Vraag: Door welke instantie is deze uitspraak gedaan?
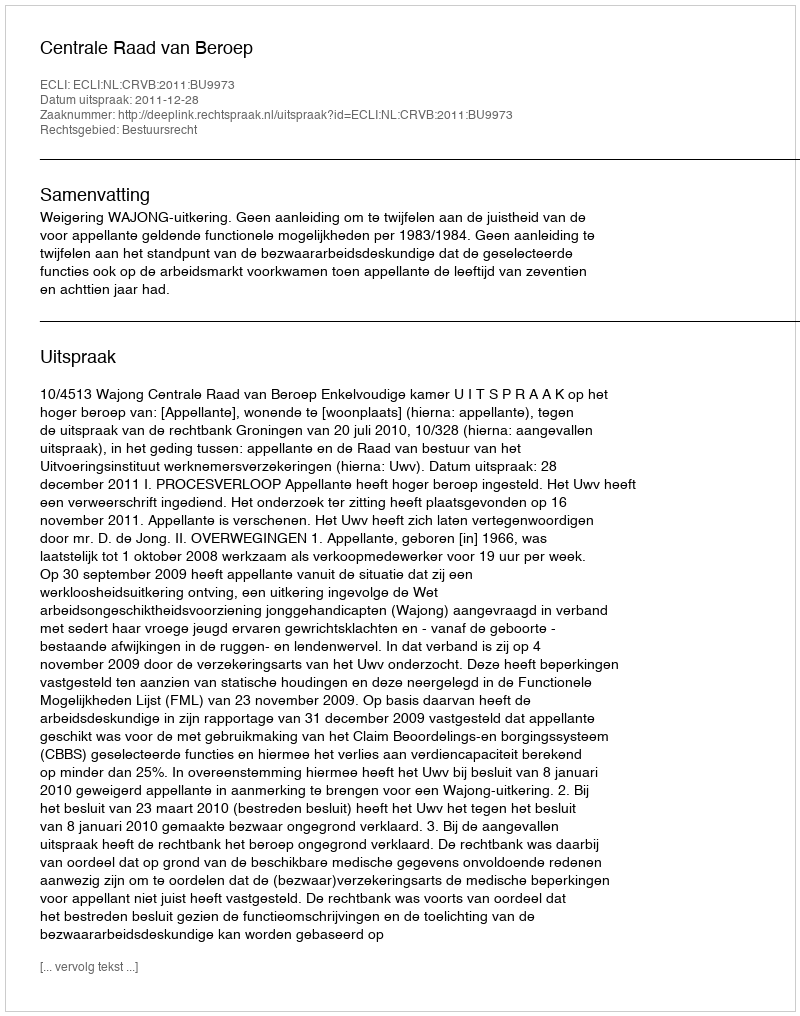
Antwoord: Centrale Raad van Beroep